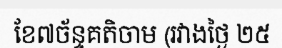
ខែ៧ច័ន្ទគតិចាម (រវាងថ្ងៃ ២៥